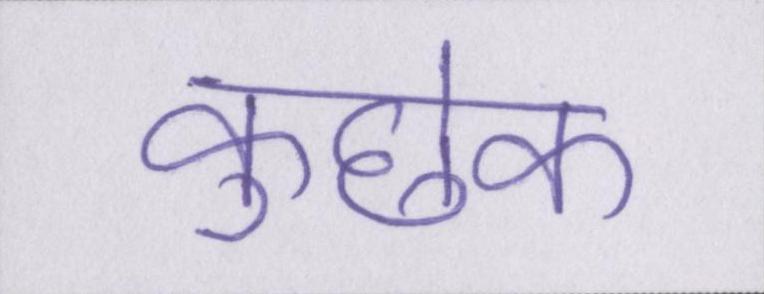
कुछेक